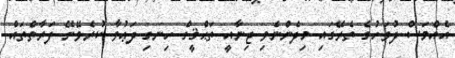
އެއްމަސް ދުވަހުގެ ތެރޭގައި މިދެންނެވި ޖިނާއީ ތަޙްޤީގް ހިނގި ދަޢުވާ ކުރެވޭނޭ ފަރާތްތައް